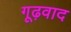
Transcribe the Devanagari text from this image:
गूढ़वाद